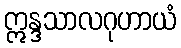
ဣန္ဒသာလဂုဟာယံ